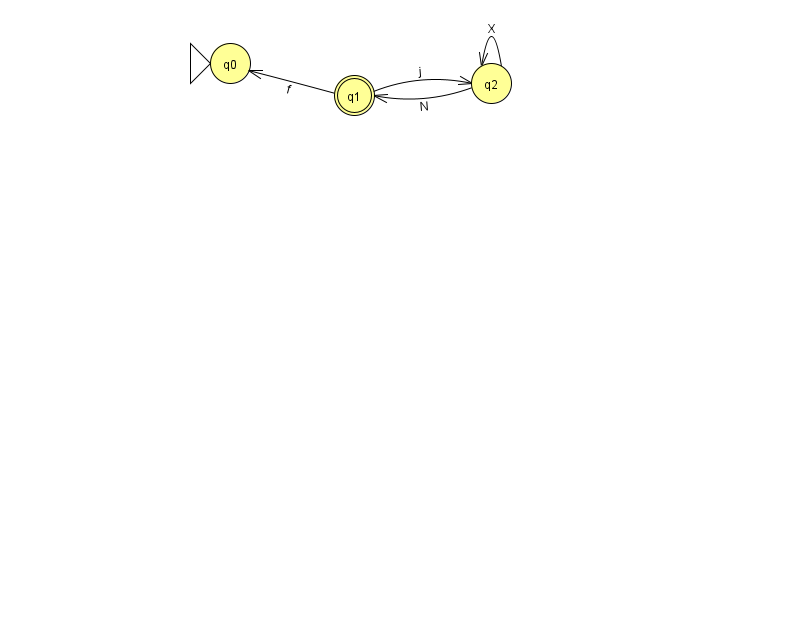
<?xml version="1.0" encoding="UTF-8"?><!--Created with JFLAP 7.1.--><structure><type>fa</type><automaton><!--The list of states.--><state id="0" name="q0"><x>230.0</x><y>50.0</y><initial/></state><state id="1" name="q1"><x>354.0</x><y>82.0</y><final/></state><state id="2" name="q2"><x>491.0</x><y>70.0</y></state><!--The list of transitions.--><transition><from>2</from><to>2</to><read>X</read></transition><transition><from>1</from><to>0</to><read>f</read></transition><transition><from>2</from><to>1</to><read>N</read></transition><transition><from>1</from><to>2</to><read>j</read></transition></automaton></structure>